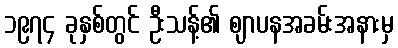
၁၉၇၄ ခုနှစ်တွင် ဦးသန့်၏ ဈာပနအခမ်းအနားမှ